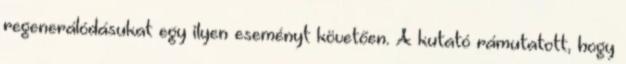
regenerálódásukat egy ilyen eseményt követően. A kutató rámutatott, hogy